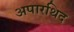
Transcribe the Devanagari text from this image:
अपारथिद